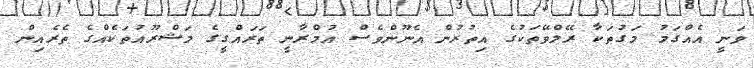
ވަނީ އެއްގަމު މަގުތަކާ ރޭލްވޭތަކުގެ އިތުރުން އެނޫންވެސް އުމްރާނީ ތަރައްގީގެ މަޝްރޫއުތަކެއްގެ ތެރެއިން